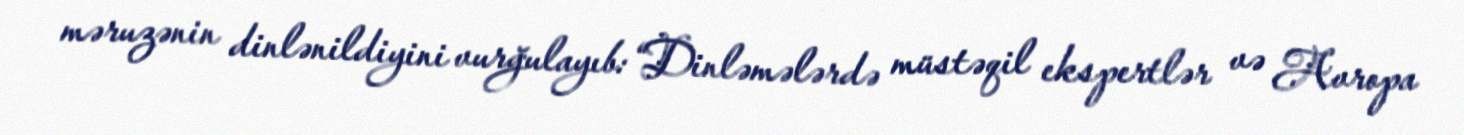
məruzənin dinlənildiyini vurğulayıb: “Dinləmələrdə müstəqil ekspertlər və Avropa